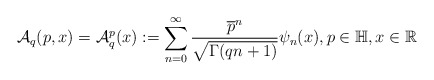
\begin{align*}\mathcal{A}_q(p,x)=\mathcal{A}_q^p (x):=\displaystyle \sum_{n=0}^\infty \frac{\overline{p}^n}{\sqrt{\Gamma(qn+1)}}\psi_n(x), p\in \mathbb{H}, x\in \mathbb{R}\end{align*}